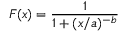
F ( x ) = { \frac { 1 } { 1 + ( x / a ) ^ { - b } } }